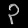
Digit: ၃